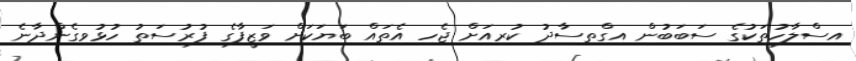
އިސްލާހުތަކުގެ ސަބަބުން އިގްތިސާދު ކުރިއަށް ޖެހި އެތައް ބަޔަކަށް ވަޒީފާގެ ފުރުސަތު ހުޅުވިގެންދާނެ